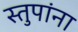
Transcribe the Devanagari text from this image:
स्तुपांना